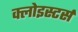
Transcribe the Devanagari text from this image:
क्लोइस्टर्स